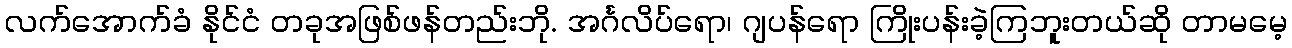
လက်အောက်ခံ နိုင်ငံ တခုအဖြစ်ဖန်တည်းဘို. အင်္ဂလိပ်ရော၊ ဂျပန်ရော ကြိုးပန်းခဲ့ကြဘူးတယ်ဆို တာမမေ့